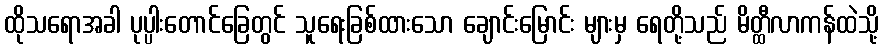
ထိုသရောအခါ ပုပ္ပါးတောင်ခြေတွင် သူရေးခြစ်ထားသော ချောင်းမြောင်း များမှ ရေတို့သည် မိတ္ထီလာကန်ထဲသို့